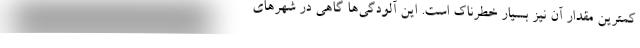
کمترین مقدار آن نیز بسیار خطرناک است. این آلودگی‌ها گاهی در شهرهای